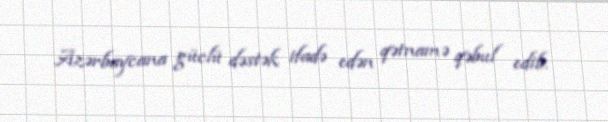
Azərbaycana güclü dəstək ifadə edən qətnamə qəbul edib.